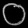
Digit: ၀